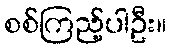
စစ်ကြည့်ပါဦး။